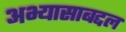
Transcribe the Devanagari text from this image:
अभ्यासाबद्दल